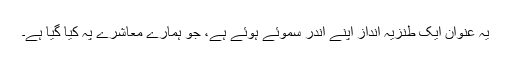
یہ عنوان ایک طنزیہ انداز اپنے اندر سموئے ہوئے ہے، جو ہمارے معاشرے پہ کیا گیا ہے۔